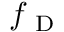
f _ { \mathrm { ~ D ~ } }